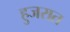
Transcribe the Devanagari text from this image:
हुजरात